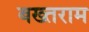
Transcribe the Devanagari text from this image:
बख्तराम